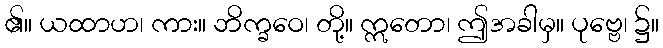
၏။ ယထာဟ၊ ကား။ ဘိက္ခဝေ၊ တို့။ ဣတော၊ ဤအခါမှ။ ပုဗ္ဗေ၊ ၌။